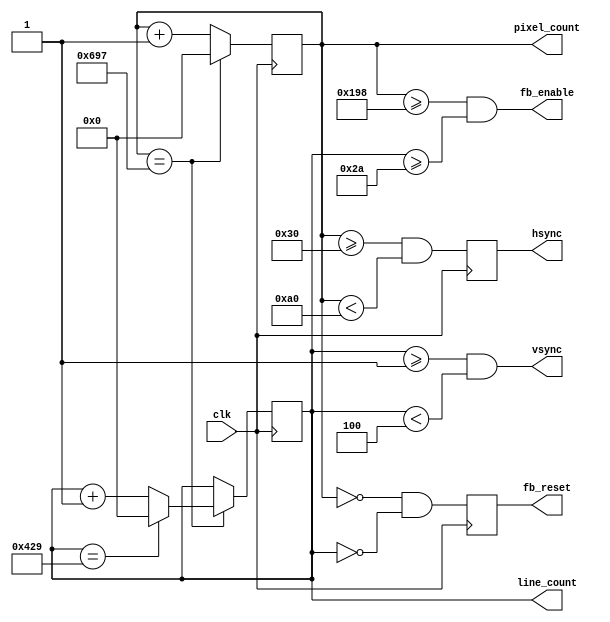
module vga_blank(input clk, output reg [11:0] pixel_count, line_count, output reg hsync, output wire vsync, output reg fb_reset, output wire fb_enable);

parameter HFRONT = 48;
parameter HSYNCP = 112;
parameter HBACK = 248;
parameter HLINE = 1688;

parameter VFRONT = 1;
parameter VSYNCP = 3;
parameter VBACK = 38;
parameter VFRAME = 1066;

assign vsync = (line_count >= VFRONT & line_count < (VFRONT + VSYNCP));
assign fb_enable = pixel_count >= (HFRONT + HSYNCP + HBACK) & line_count >= (VFRONT + VSYNCP + VBACK);

always @(posedge clk) begin
  pixel_count <= next_pixel_count;
  line_count <= next_line_count;
  fb_reset <= next_fb_reset;
  hsync <= (pixel_count >= HFRONT & pixel_count < (HFRONT + HSYNCP)); 
end 

reg [11:0] next_pixel_count, next_line_count;
reg next_fb_reset;
reg next_hsync;

always @(*) begin
  next_pixel_count = (pixel_count == (HLINE - 1)) ? 0 : pixel_count + 1;
  next_line_count = (pixel_count == (HLINE - 1)) ? ((line_count == (VFRAME - 1)) ? 0 : line_count + 1) : line_count;
  next_fb_reset = (pixel_count == 0) & (line_count == 0);
end

endmodule